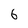
Character: 6